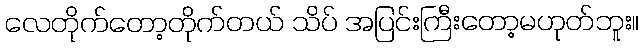
လေတိုက်တော့တိုက်တယ် သိပ် အပြင်းကြီးတော့မဟုတ်ဘူး။